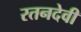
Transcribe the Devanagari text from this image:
रतनदेवी